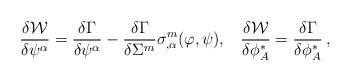
\begin{align*}\frac{\delta{\cal W}}{\delta\psi^\alpha}= \frac{\delta\Gamma}{\delta\psi^\alpha} - \frac{\delta\Gamma}{\delta\Sigma^m}\sigma^m_{,\alpha}(\varphi,\psi),\;\;\; \frac{\delta{\cal W}}{\delta\phi^*_A}= \frac{\delta\Gamma}{\delta\phi^*_A}\,,\end{align*}